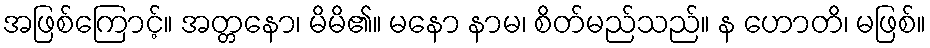
အဖြစ်ကြောင့်။ အတ္တနော၊ မိမိ၏။ မနော နာမ၊ စိတ်မည်သည်။ န ဟောတိ၊ မဖြစ်။